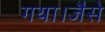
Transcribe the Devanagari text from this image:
गया।जैसे